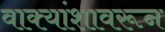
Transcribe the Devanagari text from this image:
वाक्यांशावरून